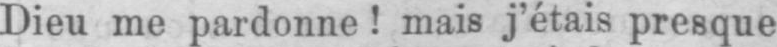
Dieu me pardonne! mais j’étais presque